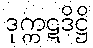
ဒုက္ကဋဒိဋ္ဌိ